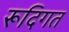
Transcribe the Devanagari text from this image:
रूदिगत